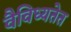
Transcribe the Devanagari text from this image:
वैविध्यतेत